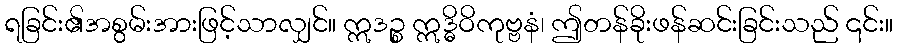
ရခြင်း၏အစွမ်းအားဖြင့်သာလျှင်။ ဣဒဉ္စ ဣဒ္ဓိဝိကုဗ္ဗနံ၊ ဤတန်ခိုးဖန်ဆင်းခြင်းသည် ၎င်း။